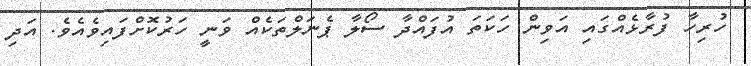
ހުރިހާ ފުރާޅެއްގައި އަވިން ހަކަތަ އުފައްދާ ސޯލާ ޕެނަލްތަކެއް ވަނީ ހަރުކޮށްފައިވެއެވެ. އަދި